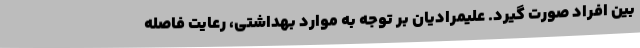
بین افراد صورت گیرد. علیمرادیان بر توجه به موارد بهداشتی، رعایت فاصله